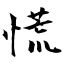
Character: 慌